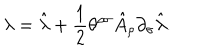
\lambda = \hat { \lambda } + \frac { 1 } { 2 } \theta ^ { \rho \sigma } \hat { A } _ { \rho } \partial _ { \sigma } \hat { \lambda } .